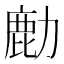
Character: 𫜋